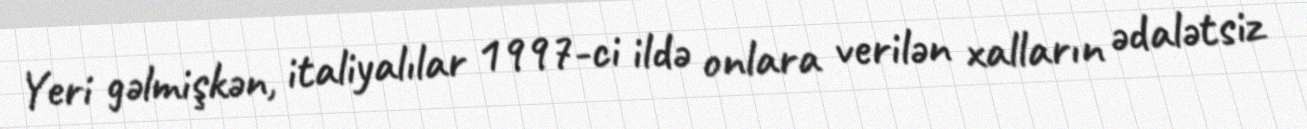
Yeri gəlmişkən, italiyalılar 1997-ci ildə onlara verilən xalların ədalətsiz